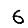
Digit: 6